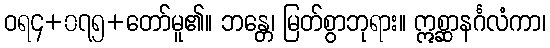
ဝရ၄+၀၇၅+တော်မူ၏။ ဘန္တေ၊ မြတ်စွာဘုရား။ ဣစ္ဆာနင်္ဂလံကာ၊